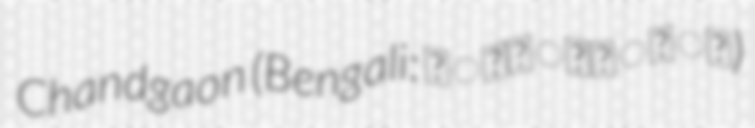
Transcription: Chandgaon (Bengali: চান্দগাঁও)